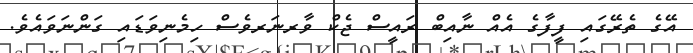
އޭގެ ތެރޭގައި ފީފާގެ އެއް ނާއިބް ރައީސް ޖެކް ވާރނަރވެސް ހިމެނިވަޑައި ގަންނަވައެވެ.